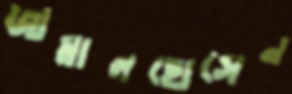
জামালহোসেন